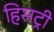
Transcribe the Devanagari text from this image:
हिसट्री